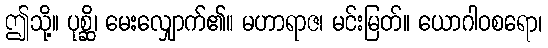
ဤသို့။ ပုစ္ဆိ၊ မေးလျှောက်၏။ မဟာရာဇ၊ မင်းမြတ်။ ယောဂါဝစရော၊